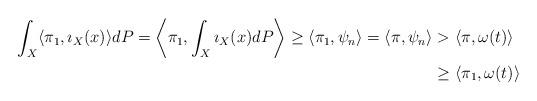
LaTeX: \begin{align*}\int_X\langle \pi_1,\imath_X(x) \rangle dP=\left\langle \pi_1,\int_X\imath_X(x)dP \right\rangle\ge \left\langle \pi_1,\psi_n \right\rangle=\langle \pi,\psi_n \rangle& >\langle \pi,\omega(t)\rangle \\& \ge \langle \pi_1,\omega(t)\rangle\end{align*}